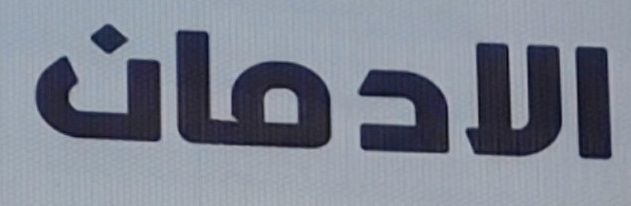
الادمان